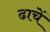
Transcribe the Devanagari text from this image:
ढाचें